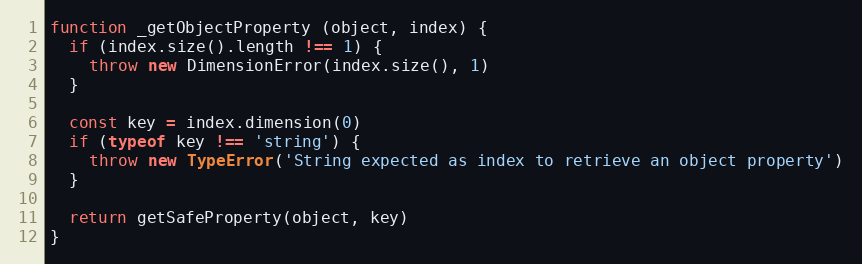
Language: JavaScript
function _getObjectProperty (object, index) {
  if (index.size().length !== 1) {
    throw new DimensionError(index.size(), 1)
  }

  const key = index.dimension(0)
  if (typeof key !== 'string') {
    throw new TypeError('String expected as index to retrieve an object property')
  }

  return getSafeProperty(object, key)
}